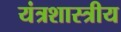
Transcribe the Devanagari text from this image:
यंत्रशास्त्रीय